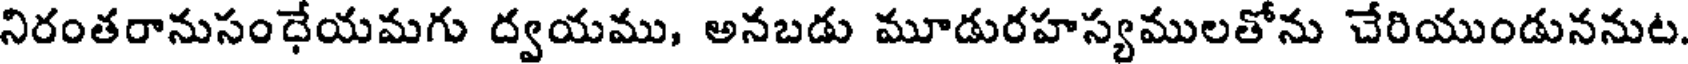
నిరంతరానుసంధేయమగు ద్వయము, అనబడు మూడురహస్యములతోను చేరియుండుననుట